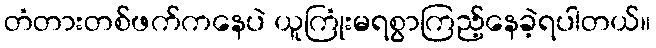
တံတားတစ်ဖက်ကနေပဲ ယူကြုံးမရစွာကြည့်နေခဲ့ရပါတယ်။